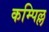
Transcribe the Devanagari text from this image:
कम्पिल्ल